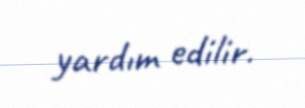
yardım edilir.